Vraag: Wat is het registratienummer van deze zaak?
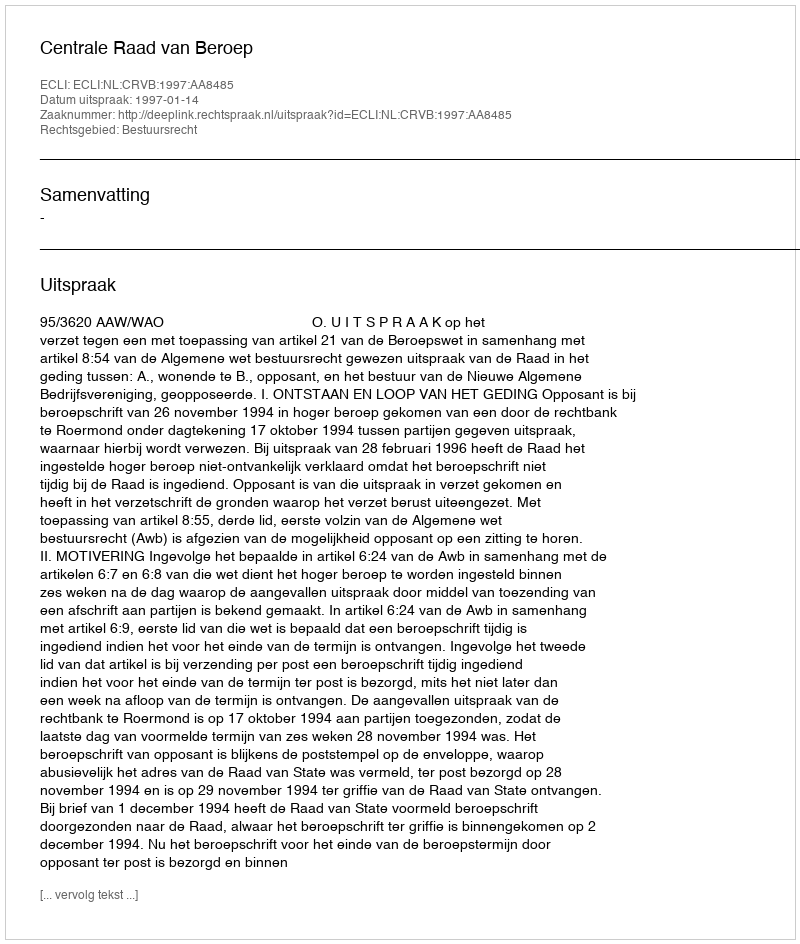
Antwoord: http://deeplink.rechtspraak.nl/uitspraak?id=ECLI:NL:CRVB:1997:AA8485